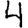
Digit: 4